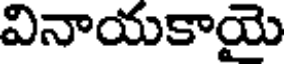
వినాయకాయై